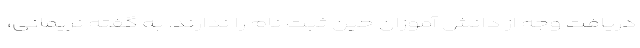
دریافت وجه از دانش آموزان حین ثبت نام را ندارند. به گفته نریمانی،